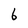
Character: b